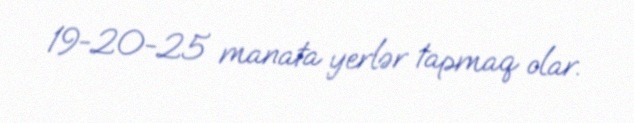
19-20-25 manata yerlər tapmaq olar.